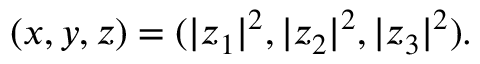
( x , y , z ) = ( | z _ { 1 } | ^ { 2 } , | z _ { 2 } | ^ { 2 } , | z _ { 3 } | ^ { 2 } ) . \,